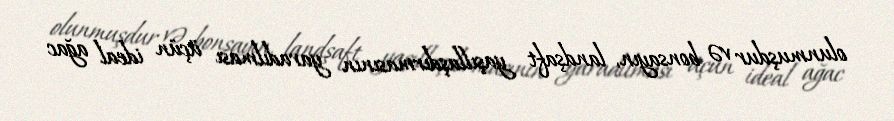
olunmuşdur və bonsayın, landşaft yaşıllaşdırmasının yaradılması üçün ideal ağac